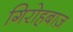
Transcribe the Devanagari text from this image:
गिरोहबाज़